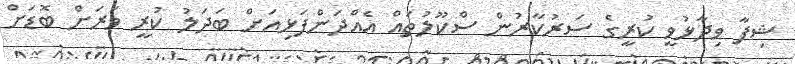
ޝިފާ ވިދާޅުވީ ކުރީގެ ސަރުކާރުން ސްކޫލުތައް އެއްދަންފަޅިއަށް ބަދަލު ކުރީ ވަރަށް ބޮޑަށް